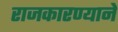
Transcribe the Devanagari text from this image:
राजकारण्याने